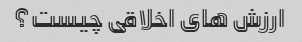
ارزش های اخلاقی چیست؟